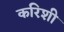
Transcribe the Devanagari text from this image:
करिशी